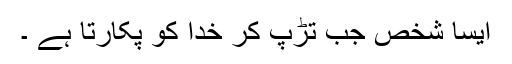
ایسا شخص جب تڑپ کر خدا کو پکارتا ہے ۔